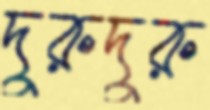
দুরুদুরু